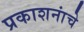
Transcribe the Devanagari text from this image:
प्रकाशनांचे